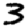
Digit: 3